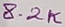
Text: 8.2K